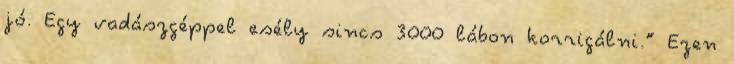
jó. Egy vadászgéppel esély sincs 3000 lábon korrigálni.” Ezen